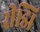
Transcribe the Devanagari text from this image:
रीझि